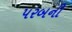
પરબની